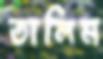
তালিম